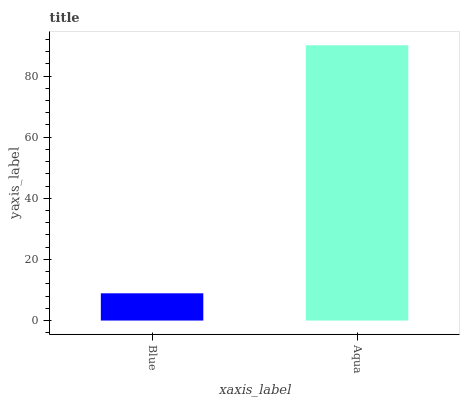
| xaxis_label | bars |
 | --- | --- |
 | Blue | 8.92 |
 | Aqua | 90.1 |